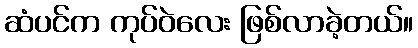
ဆံပင်က ကုပ်ဝဲလေး ဖြစ်လာခဲ့တယ်။